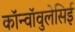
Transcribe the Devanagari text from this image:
कॉन्वॉवुलेसिई